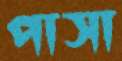
পাসা